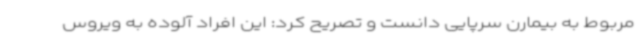
مربوط به بیمارن سرپایی دانست و تصریح کرد: این افراد آلوده به ویروس